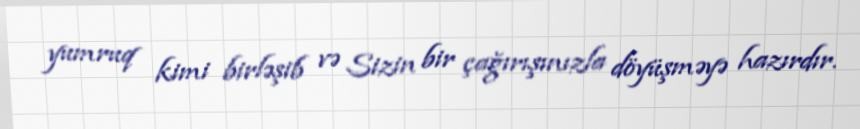
yumruq kimi birləşib və Sizin bir çağırışınızla döyüşməyə hazırdır.